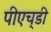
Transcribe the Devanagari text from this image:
पीएच्‌डी